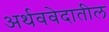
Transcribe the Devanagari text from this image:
अर्थववेदातील